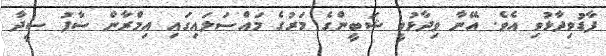
ފާޑުވިދާޅުވި އެވެ. އޭނާ ވިދާޅުވީ ޝަބީންގެ މަރުގެ މައްސަލައިގައި އިމްރާން ސާފު ސީދާ